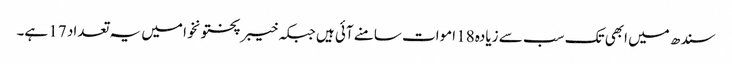
سندھ میں ابھی تک سب سے زیادہ 18 اموات سامنے آئی ہیں جبکہ خیبرپختونخوا میں یہ تعداد 17 ہے۔